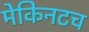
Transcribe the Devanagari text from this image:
मेकिनटच